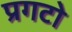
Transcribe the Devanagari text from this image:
प्रगटो